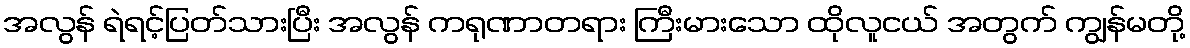
အလွန် ရဲရင့်ပြတ်သားပြီး အလွန် ကရုဏာတရား ကြီးမားသော ထိုလူငယ် အတွက် ကျွန်မတို့